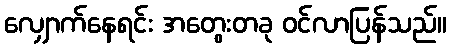
လျှောက်နေရင်း အတွေးတခု ဝင်လာပြန်သည်။